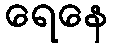
ရေနေ